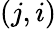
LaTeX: (j,i)